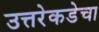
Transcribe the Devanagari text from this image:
उत्तरेकडेचा